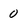
Character: 0